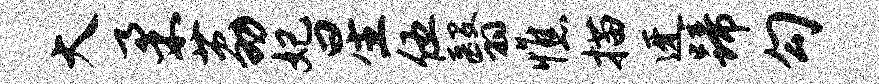
大柔荔妃星伍翳憔描迓蹄勾